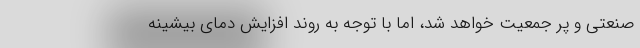
صنعتی و پر جمعیت خواهد شد، اما با توجه به روند افزایش دمای بیشینه